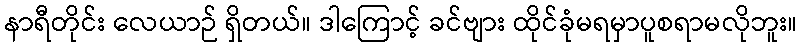
နာရီတိုင်း လေယာဉ် ရှိတယ်။ ဒါကြောင့် ခင်ဗျား ထိုင်ခုံမရမှာပူစရာမလိုဘူး။